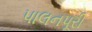
પાલનપૂરી